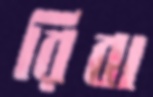
রিবা